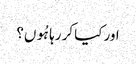
اور کیا کر رہا ہُوں؟